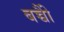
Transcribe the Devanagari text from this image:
बच्चोेैं